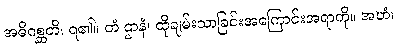
အဓိဂစ္ဆတိ၊ ရ၏။ တံ ဌာနံ၊ ထိုချမ်းသာခြင်းအကြောင်းအရာကို။ အဟံ၊